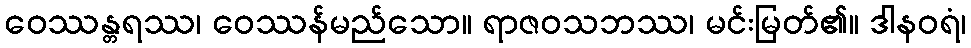
ဝေဿန္တရဿ၊ ဝေဿန်မည်သော။ ရာဇဝသဘဿ၊ မင်းမြတ်၏။ ဒါနဝရံ၊